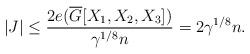
LaTeX: \begin{align*}|J|\le \frac{2e(\overline{G}[X_1,X_2,X_3])}{\gamma^{1/8}n}=2\gamma^{1/8}n.\end{align*}